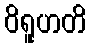
ဝိရူဟတိ